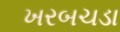
ખરબચડા